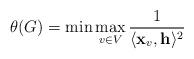
LaTeX: \begin{align*}\theta(G)=\min\max_{v\in V}{1\over\langle\mathbf{x}_v,\mathbf{h}\rangle^2}\end{align*}